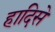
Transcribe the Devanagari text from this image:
हादिसे